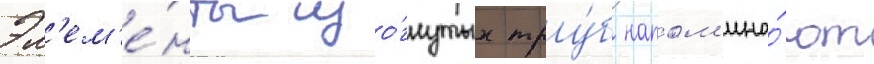
Эл'ем'е́нты изо́гнутых тру́б напом'ина́ют